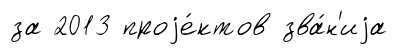
за 2013 проjе́ктов зва́н'иjа